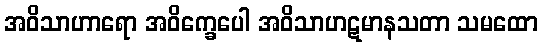
အဝိသာဟာရော အဝိက္ခေပေါ အဝိသာဟဋမာနသတာ သမထော